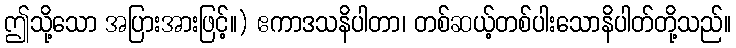
ဤသို့သော အပြားအားဖြင့်။) ဧကာဒသနိပါတာ၊ တစ်ဆယ့်တစ်ပါးသောနိပါတ်တို့သည်။